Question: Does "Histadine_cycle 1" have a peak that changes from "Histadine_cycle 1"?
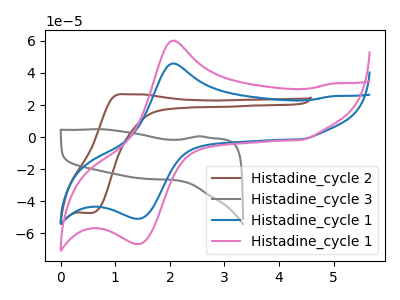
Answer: <think>The brown curve "Histadine_cycle 2" has an anodic peak at (1.15V, 26.70uA) and a cathodic peak at (0.55V, -47.25uA). The gray curve "Histadine_cycle 3" has no peaks. The blue curve "Histadine_cycle 1" has an anodic peak at (2.10V, 45.95uA) and a cathodic peak at (1.45V, -50.80uA). The pink curve "Histadine_cycle 1" has an anodic peak at (2.10V, 60.15uA) and a cathodic peak at (1.45V, -66.50uA).
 All the peaks in "Histadine_cycle 1" have a peak in "Histadine_cycle 1" at the same potential. Every peak in "Histadine_cycle 1" is lower than every peak in "Histadine_cycle 1".</think>
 <answer>No, "Histadine_cycle 1" and "Histadine_cycle 1" don't appear to be significantly different in shape</answer>
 <eval>no_change</eval>